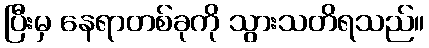
ပြီးမှ နေရာတစ်ခုကို သွားသတိရသည်။